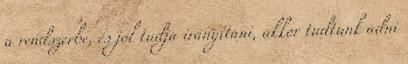
a rendszerbe, és jól tudja irányítani, akkor tudtunk adni